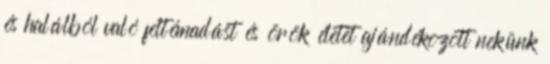
és halálból való feltémadást és örök életet ajándékozott nekünk